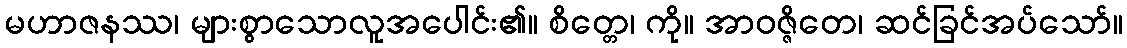
မဟာဇနဿ၊ များစွာသောလူအပေါင်း၏။ စိတ္တေ၊ ကို။ အာဝဇ္ဇိတေ၊ ဆင်ခြင်အပ်သော်။